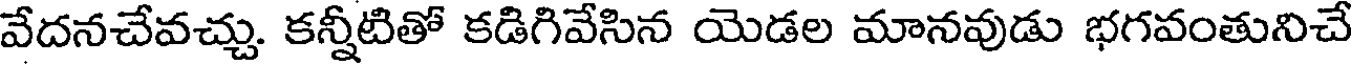
వేదనచేవచ్చు. కన్నీటితో కడిగివేసిన యెడల మానవుడు భగవంతునిచే